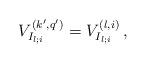
LaTeX: \begin{align*}V^{(k',q')}_{I_{l;i}}=V^{(l,i)}_{I_{l;i}}\,,\end{align*}